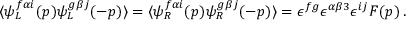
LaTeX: \langle \psi _ { L } ^ { f \alpha i } ( p ) \psi _ { L } ^ { g \beta j } ( - p ) \rangle = \langle \psi _ { R } ^ { f \alpha i } ( p ) \psi _ { R } ^ { g \beta j } ( - p ) \rangle = \epsilon ^ { f g } \epsilon ^ { \alpha \beta 3 } \epsilon ^ { i j } F ( p ) \, .